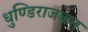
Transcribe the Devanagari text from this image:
धुण्डिराजकृत